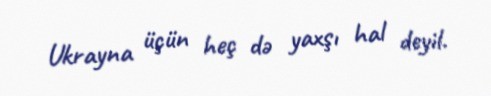
Ukrayna üçün heç də yaxşı hal deyil.